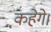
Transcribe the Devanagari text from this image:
कहेगे।